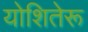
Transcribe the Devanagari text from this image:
योशितेरू